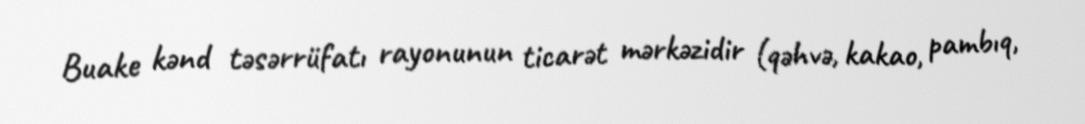
Buake kənd təsərrüfatı rayonunun ticarət mərkəzidir (qəhvə, kakao, pambıq,